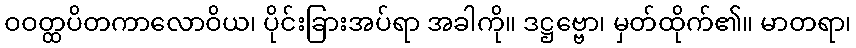
ဝဝတ္ထပိတကာလောဝိယ၊ ပိုင်းခြားအပ်ရာ အခါကို။ ဒဋ္ဌဗ္ဗော၊ မှတ်ထိုက်၏။ မာတရာ၊